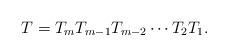
LaTeX: \begin{align*}T = T_{m}T_{m-1}T_{m-2}\cdots T_{2}T_{1}.\end{align*}